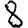
Digit: 8